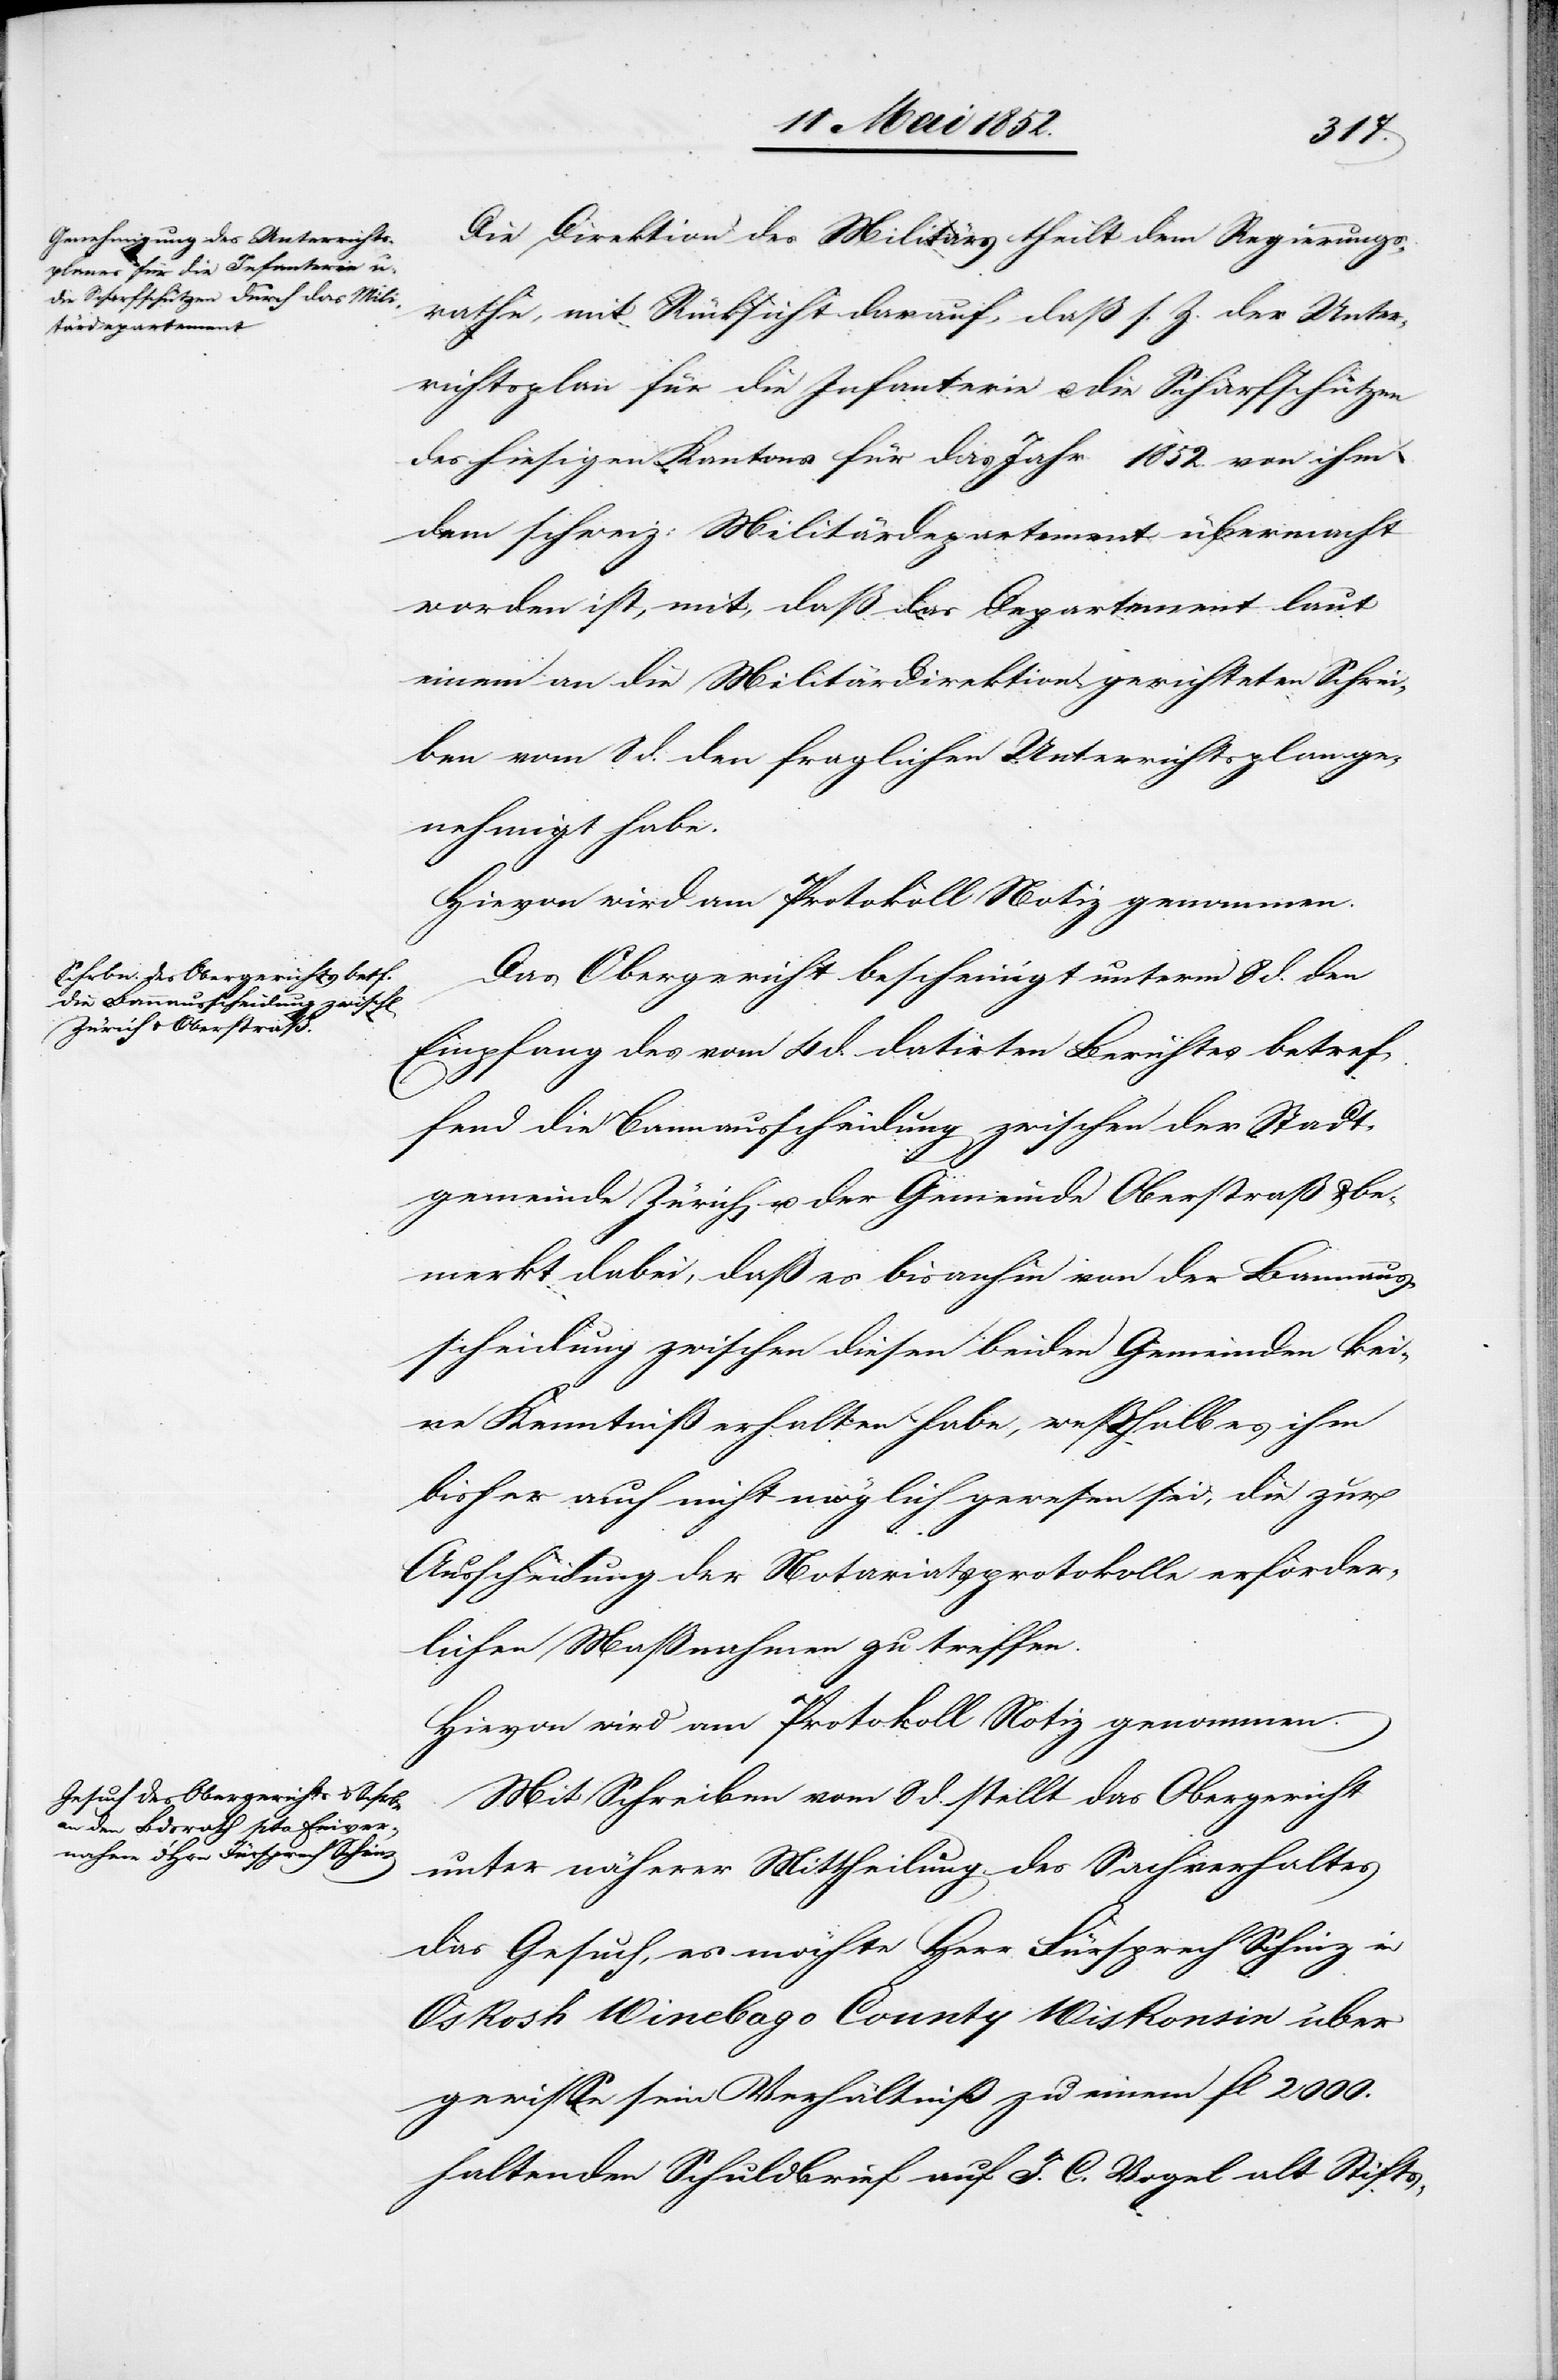
14 Mai 1852.]
Die Direktion des Militärs theilt dem Regierungs¬
rathe, mit Rücksicht darauf, daß s. Z. der Unter¬
richtsplan für die Infanterie u. die Scharfschützen
des hiesigen Kantons für das Jahr 1852. von ihm
dem schweiz: Militärdepartement übermacht
worden ist, mit, daß das Departement laut
einem an die Militärdirektion gerichteten Schrei¬
ben vom 8 d. den fraglichen Unterrichtsplan ge¬
nehmigt habe.
Das Obergericht bescheinigt unterm 8 d. den
Empfang des vom 4 d. datirten Berichtes betref¬
fend die Bannausscheidung zwischen der Stadt¬
gemeinde Zürich u. der Gemeinde Oberstraß & be¬
merkt dabei, daß es bisanhin von der Bannaus¬
scheidung zwischen diesen beiden Gemeinden kei¬
ne Kenntniß erhalten habe, wesshalb es ihm
bisher auch nicht möglich gewesen sei, die zur
Ausscheidung der Notariatsprotokolle erforder¬
lichen Maßnahmen zu treffen.
Hievon wird am Protokoll Notiz genommen.
Mit Schreiben vom 8 d. stellt das Obergericht
unter näherer Mittheilung des Sachverhaltes
das Gesuch, es möchte Herr Fürsprech Schinz in
Oskosh Winebago County Wiskonsin über
gewisse sein Verhältniß zu einem fl 2000.
haltenden Schuldbrief auf J. C. Vogel alt Stifts-